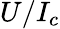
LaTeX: U/I_{c}